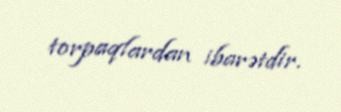
torpaqlardan ibarətdir.